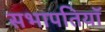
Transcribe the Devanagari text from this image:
सभापतियॉ